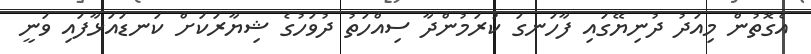
އެގޮތުން މިއަދު ދުނިޔޭގައި ފާހަނގަ ކުރަމުންދާ ސިއްހަތު ދުވަހުގެ ޝިޔާރަކަށް ކަނޑައަޅާފައި ވަނީ